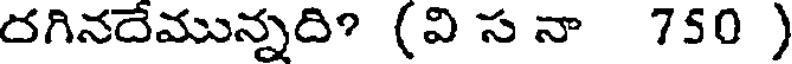
రగినదేమున్నది? (వి స నా 750 )